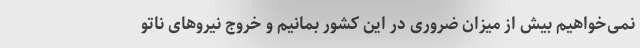
نمی‌خواهیم بیش از میزان ضروری در این کشور بمانیم و خروج نیروهای ناتو